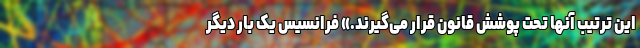
این ترتیب آنها تحت پوشش قانون قرار می‌گیرند.» فرانسیس یک بار دیگر